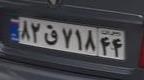
۸۲ق۷۱۸۴۴